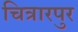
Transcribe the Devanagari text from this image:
चित्रारपुर